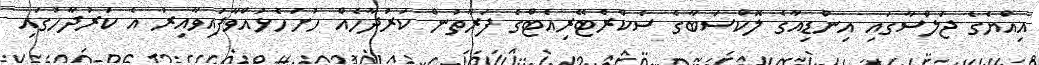
އިއްޔެގެ ޖަލްސާގައި އިންޑިއާގެ ލޮކްސަބާގެ ސެކްރެޓޭރިއެޓްގެ ފަރާތުން ކަރުދާހެއް ހުށަހެޅުއްވާފައިވާއިރު އެ ކަރުދާހުގައި